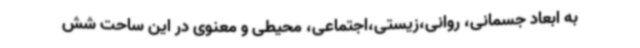
به ابعاد جسمانی، روانی،زیستی،اجتماعی، محیطی و معنوی در این ساحت شش